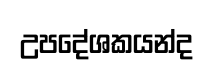
උපදේශකයන්ද